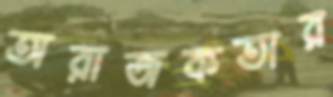
অরাজকতার